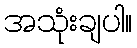
အသုံးချပါ။